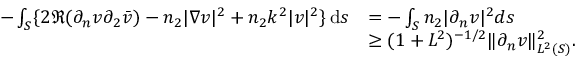
\begin{array} { r l } { - \int _ { S } \{ 2 \Re ( \partial _ { n } v \partial _ { 2 } \bar { v } ) - n _ { 2 } | \nabla v | ^ { 2 } + n _ { 2 } k ^ { 2 } | v | ^ { 2 } \} \, \mathrm { d } s } & { = - \int _ { S } n _ { 2 } | \partial _ { n } v | ^ { 2 } d s } \\ & { \ge ( 1 + L ^ { 2 } ) ^ { - 1 / 2 } \| \partial _ { n } v \| _ { L ^ { 2 } ( S ) } ^ { 2 } . } \end{array}